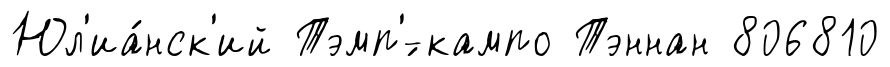
Юл'иа́нск'ий Тэмп'́-кампо Тэннан 806810